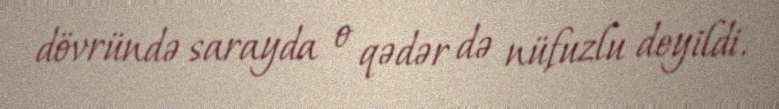
dövründə sarayda o qədər də nüfuzlu deyildi.